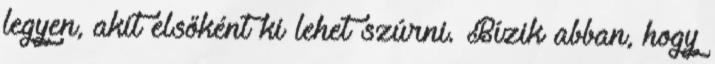
legyen, akit elsőként ki lehet szúrni. Bízik abban, hogy